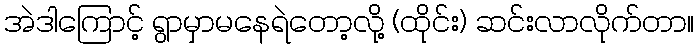
အဲဒါကြောင့် ရွာမှာမနေရဲတော့လို့ (ထိုင်း) ဆင်းလာလိုက်တာ။